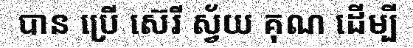
បាន ប្រើ ស៊េរី ស្វ័យ គុណ ដើម្បី